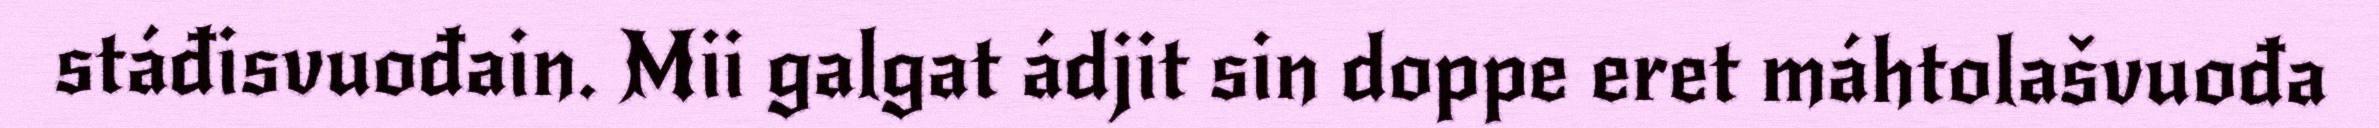
stáđisvuođain. Mii galgat ádjit sin doppe eret máhtolašvuođa